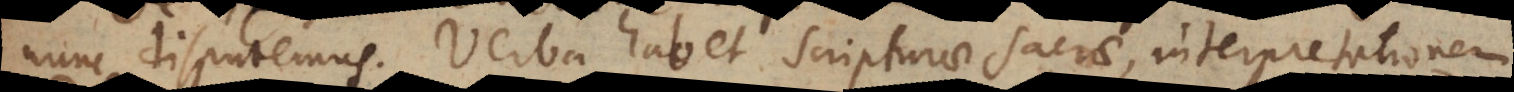
nunc disputemus. Verba habet scripturae sacrae, interpretationem